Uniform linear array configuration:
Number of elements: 4
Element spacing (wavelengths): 0.75
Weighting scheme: blackman
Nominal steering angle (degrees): -30
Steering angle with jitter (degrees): -30.292
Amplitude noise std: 0.05
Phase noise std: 0.05

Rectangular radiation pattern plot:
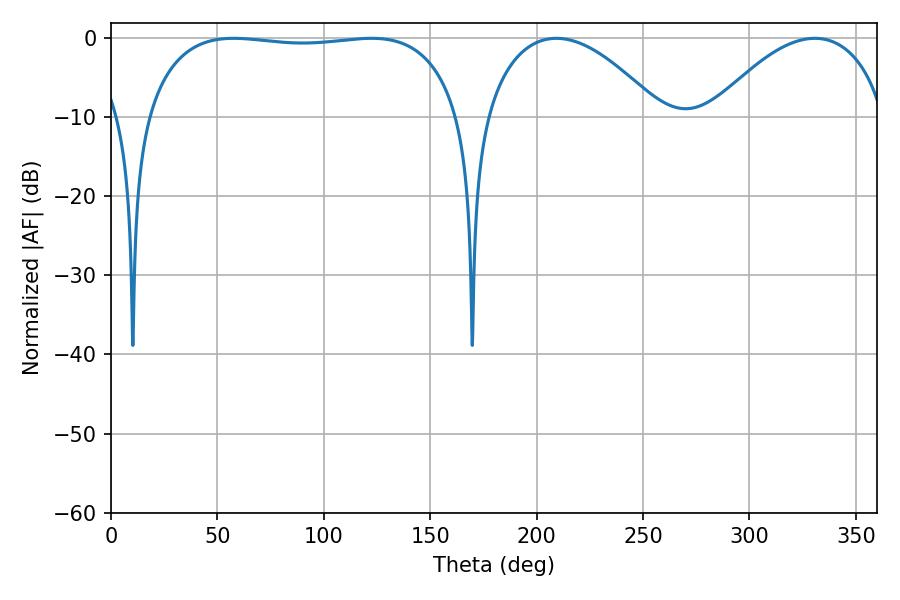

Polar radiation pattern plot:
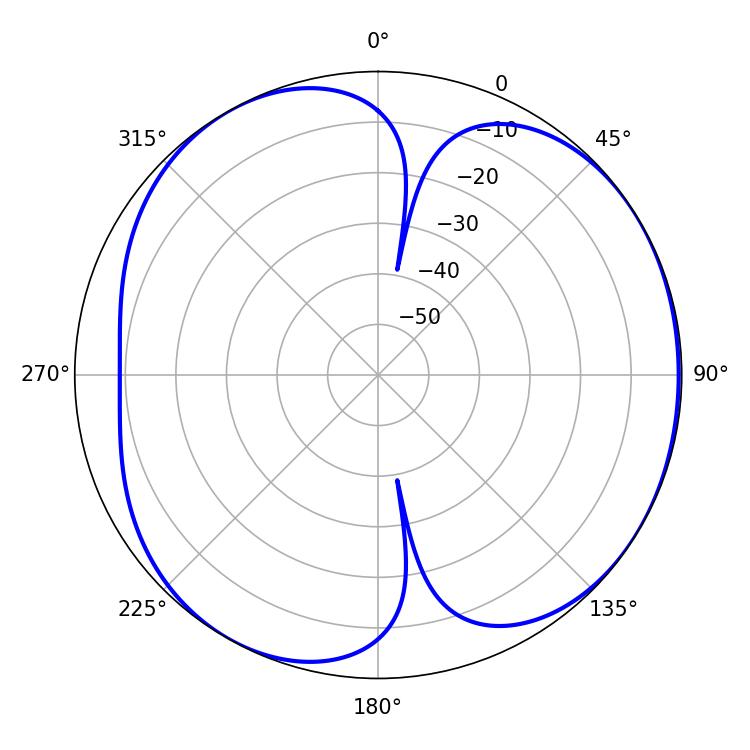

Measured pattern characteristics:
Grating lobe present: TRUE
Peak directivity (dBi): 4.831
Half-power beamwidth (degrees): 118.44
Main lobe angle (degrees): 57.6